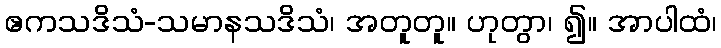
ဧကသဒိသံ-သမာနသဒိသံ၊ အတူတူ။ ဟုတွာ၊ ၍။ အာပါထံ၊